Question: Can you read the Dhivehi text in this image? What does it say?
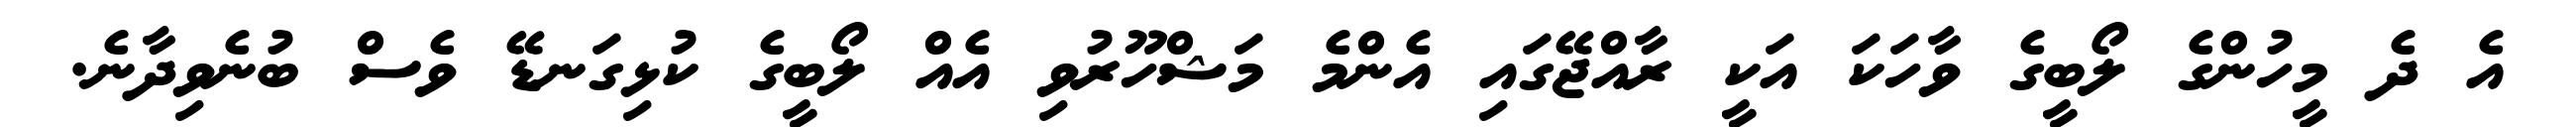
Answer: އެ ދެ މީހުންގެ ލޯބީގެ ވާހަކަ އަކީ ރާއްޖޭގައި އެންމެ މަޝްހޫރުވި އެއް ލޯބީގެ ކުޅިގަނޑޭ ވެސް ބުނެވިދާނެ.